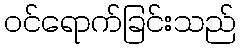
ဝင်ရောက်ခြင်းသည်